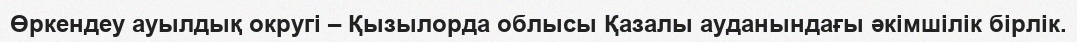
Өркендеу ауылдық округі – Қызылорда облысы Қазалы ауданындағы әкімшілік бірлік.